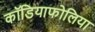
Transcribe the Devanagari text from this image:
कॉडियाफोलिया